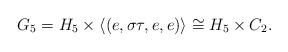
LaTeX: \begin{align*} G_5=H_5\times\langle (e,\sigma \tau,e,e)\rangle\cong H_5\times C_2. \end{align*}